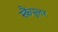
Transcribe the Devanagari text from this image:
स्कैंपुलर